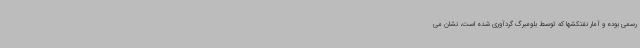
رسمی بوده و آمار نفتکشها که توسط بلومبرگ گردآوری شده است، نشان می